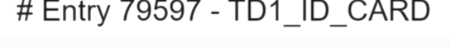
# Entry 79597 - TD1_ID_CARD